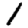
Digit: 1